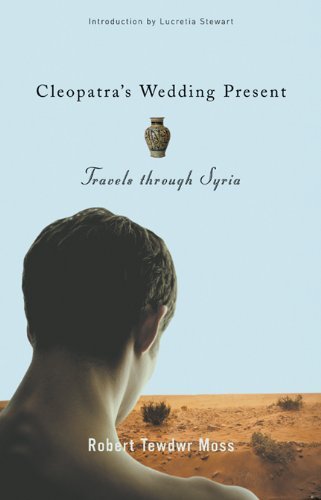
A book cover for Cleopatra's Wedding Present: Travels through Syria (Living Out: Gay and Lesbian Autobiographies) by Robert Tewdwr Moss (2003) Hardcover; Travel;